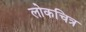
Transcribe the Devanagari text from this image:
लोकचित्र